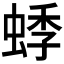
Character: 𬠓